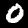
Label: 0